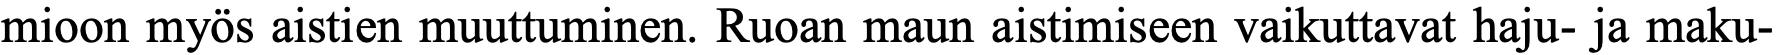
mioon myös aistien muuttuminen. Ruoan maun aistimiseen vaikuttavat haju- ja maku-